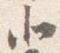
北